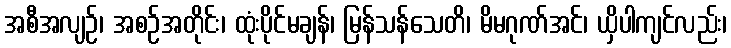
အစီအလျဉ်၊ အစဉ်အတိုင်း၊ ထုံးပိုင်မချန်၊ မြန်သန်သေတိ၊ မိမဂုဏ်အင်၊ ယှိပါကျင်လည်း၊